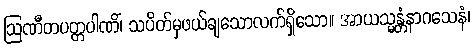
ဩဏီတပတ္တပါဏိံ၊ သပိတ်မှဖယ်ချသောလက်ရှိသော။ အာယသ္မန္တံနာဂသေနံ၊